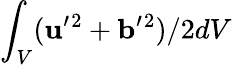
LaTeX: \int_{V}({\mathbf{u}}^{\prime}{}^{2}+{\mathbf{b}}^{\prime}{}^{2})/2dV